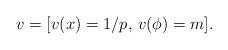
LaTeX: \begin{align*} v = [v(x)=1/p,\, v(\phi)=m].\end{align*}